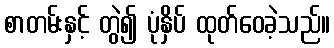
စာတမ်းနှင့် တွဲ၍ ပုံနှိပ် ထုတ်ဝေခဲ့သည်။